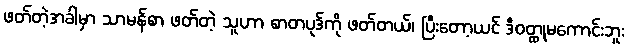
ဖတ်တဲ့အခါမှာ သာမန်စာ ဖတ်တဲ့ သူဟာ စာတပုဒ်ကို ဖတ်တယ်၊ ပြီးတော့ယင် ဒီဝတ္ထုမကောင်းဘူး